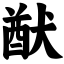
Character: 猷